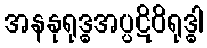
အနနုရုဒ္ဓအပ္ပဋိဝိရုဒ္ဓါ